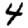
Digit: 4